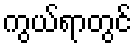
ကွယ်ရာတွင်